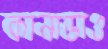
কানাডাও